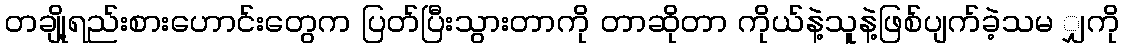
တချို့ရည်းစားဟောင်းတွေက ပြတ်ပြီးသွားတာကို တာဆိုတာ ကိုယ်နဲ့သူနဲ့ဖြစ်ပျက်ခဲ့သမ ျှကို